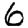
Digit: 6